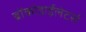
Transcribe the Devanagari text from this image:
ब्रोंकोडाईलेटर्स